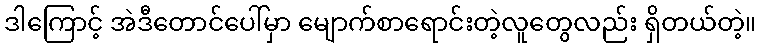
ဒါကြောင့် အဲဒီတောင်ပေါ်မှာ မျောက်စာရောင်းတဲ့လူတွေလည်း ရှိတယ်တဲ့။